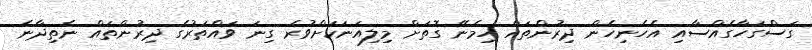
ގަސްގަހާގެއްސާއި އެހެނިހެން ދިރުންތައް ހިމެނޭ ގޮތަށް މިލިއަނަކަށްވުރެ ގިނަ ވައްތަރުގެ ދިރުންތައް ނެތިދާނެ